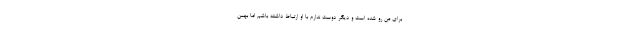
برای من رو شده است و دیگر دوست ندارم با او ارتباط داشته باشم اما بهمن